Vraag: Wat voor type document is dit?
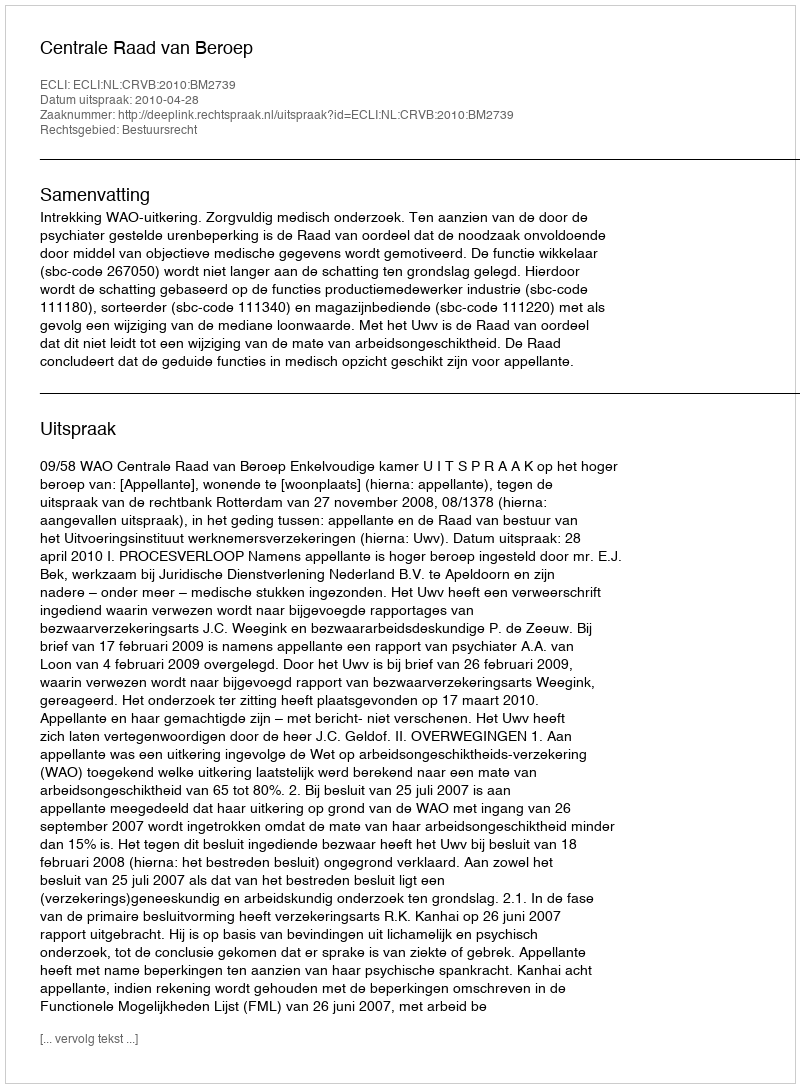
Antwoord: Uitspraak